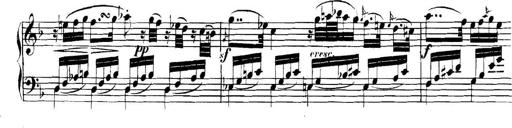
Title: Collected Piano Sonatas
Composer: Muzio Clementi